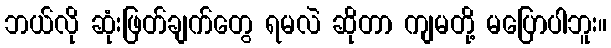
ဘယ်လို ဆုံးဖြတ်ချက်တွေ ရမလဲ ဆိုတာ ကျမတို့ မပြောပါဘူး။